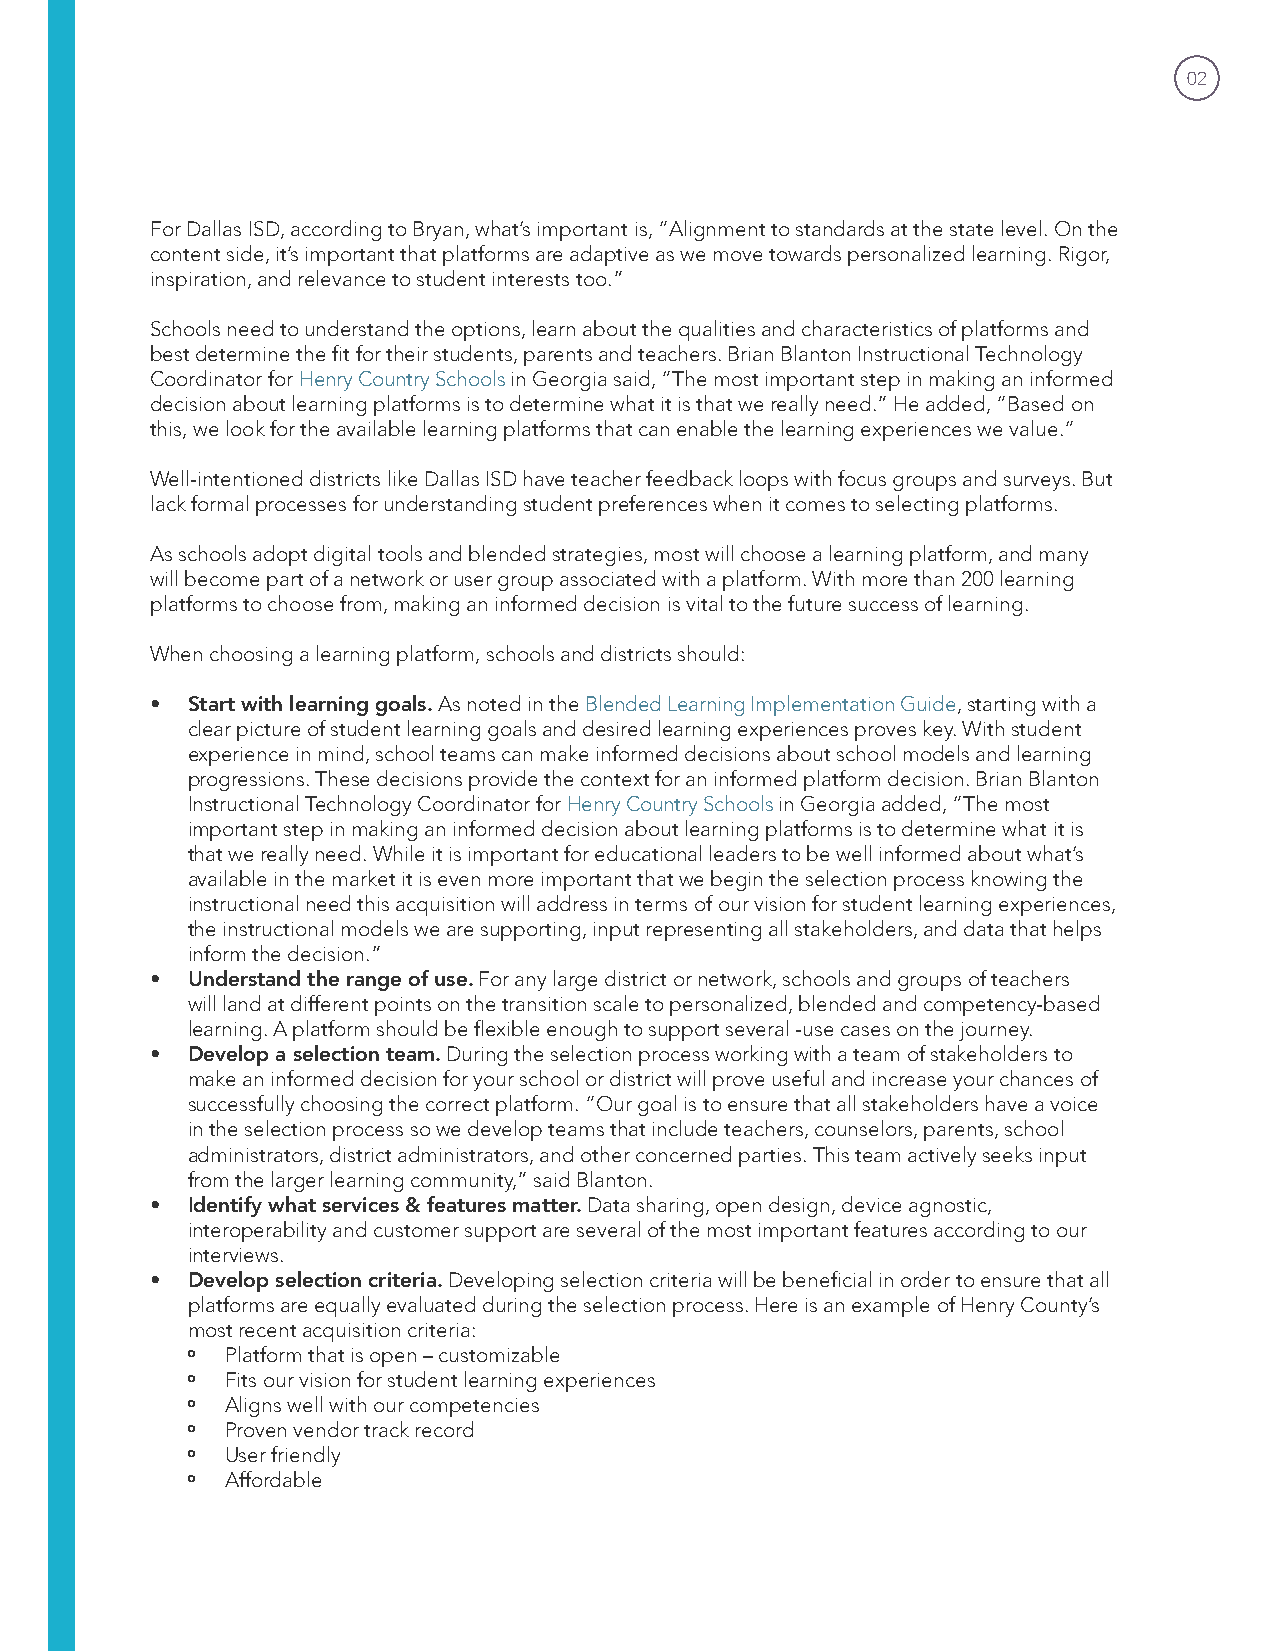
02
 For Dallas ISD, according to Bryan, what’s important is, “Alignment to standards at the state level. On the
 content side, it’s important that platforms are adaptive as we move towards personalized learning. Rigor,
 inspiration, and relevance to student interests too.”
 Schools need to understand the options, learn about the qualities and characteristics of platforms and
 best determine the fit for their students, parents and teachers. Brian Blanton Instructional Technology
 Coordinator for Henry Country Schools in Georgia said, “The most important step in making an informed
 decision about learning platforms is to determine what it is that we really need.” He added, “Based on
 this, we look for the available learning platforms that can enable the learning experiences we value.“
 Well-intentioned districts like Dallas ISD have teacher feedback loops with focus groups and surveys. But
 lack formal processes for understanding student preferences when it comes to selecting platforms.
 As schools adopt digital tools and blended strategies, most will choose a learning platform, and many
 will become part of a network or user group associated with a platform. With more than 200 learning
 platforms to choose from, making an informed decision is vital to the future success of learning.
 When choosing a learning platform, schools and districts should:
 • Start with learning goals. As noted in the Blended Learning Implementation Guide, starting with a
 clear picture of student learning goals and desired learning experiences proves key. With student
 experience in mind, school teams can make informed decisions about school models and learning
 progressions. These decisions provide the context for an informed platform decision. Brian Blanton
 Instructional Technology Coordinator for Henry Country Schools in Georgia added, “The most
 important step in making an informed decision about learning platforms is to determine what it is
 that we really need. While it is important for educational leaders to be well informed about what’s
 available in the market it is even more important that we begin the selection process knowing the
 instructional need this acquisition will address in terms of our vision for student learning experiences,
 the instructional models we are supporting, input representing all stakeholders, and data that helps
 inform the decision.”
 • Understand the range of use. For any large district or network, schools and groups of teachers
 will land at different points on the transition scale to personalized, blended and competency-based
 learning. A platform should be flexible enough to support several -use cases on the journey.
 • Develop a selection team. During the selection process working with a team of stakeholders to
 make an informed decision for your school or district will prove useful and increase your chances of
 successfully choosing the correct platform. “Our goal is to ensure that all stakeholders have a voice
 in the selection process so we develop teams that include teachers, counselors, parents, school
 administrators, district administrators, and other concerned parties. This team actively seeks input
 from the larger learning community,” said Blanton.
 • Identify what services & features matter. Data sharing, open design, device agnostic,
 interoperability and customer support are several of the most important features according to our
 interviews.
 • Develop selection criteria. Developing selection criteria will be beneficial in order to ensure that all
 platforms are equally evaluated during the selection process. Here is an example of Henry County’s
 most recent acquisition criteria:
 º  Platform that is open – customizable
 º  Fits our vision for student learning experiences
 º  Aligns well with our competencies
 º  Proven vendor track record
 º  User friendly
 º  Affordable